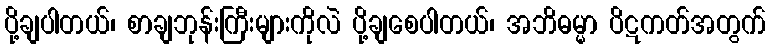
ပို့ချပါတယ်၊ စာချဘုန်းကြီးများကိုလဲ ပို့ချစေပါတယ်၊ အဘိဓမ္မာ ပိဋကတ်အတွက်